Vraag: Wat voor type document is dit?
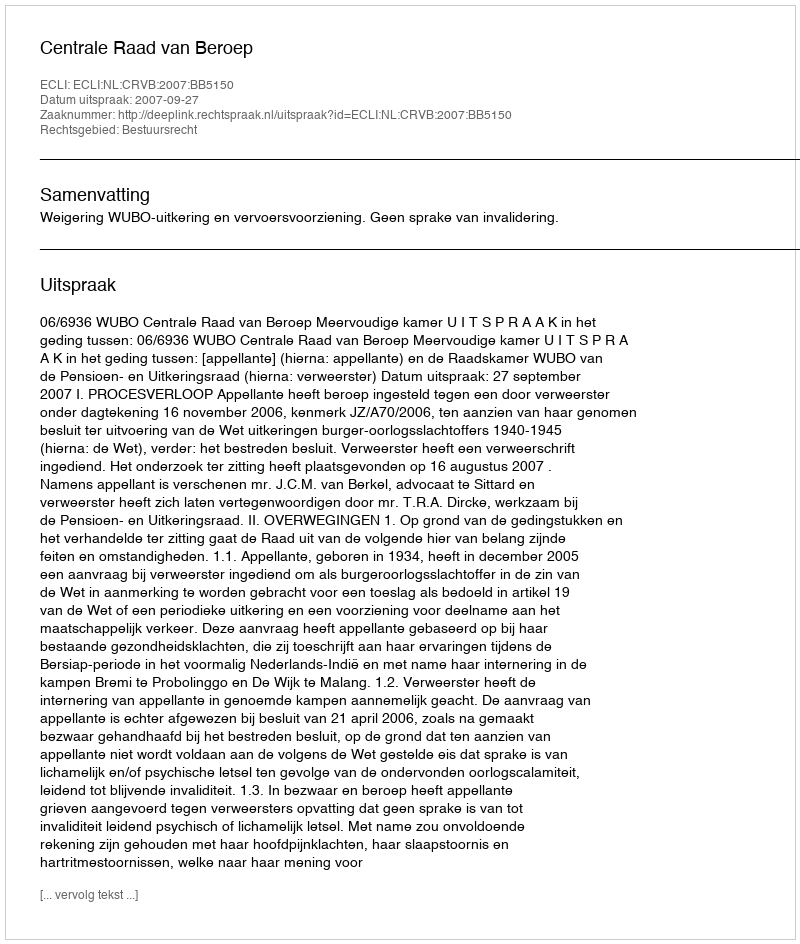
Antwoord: Uitspraak